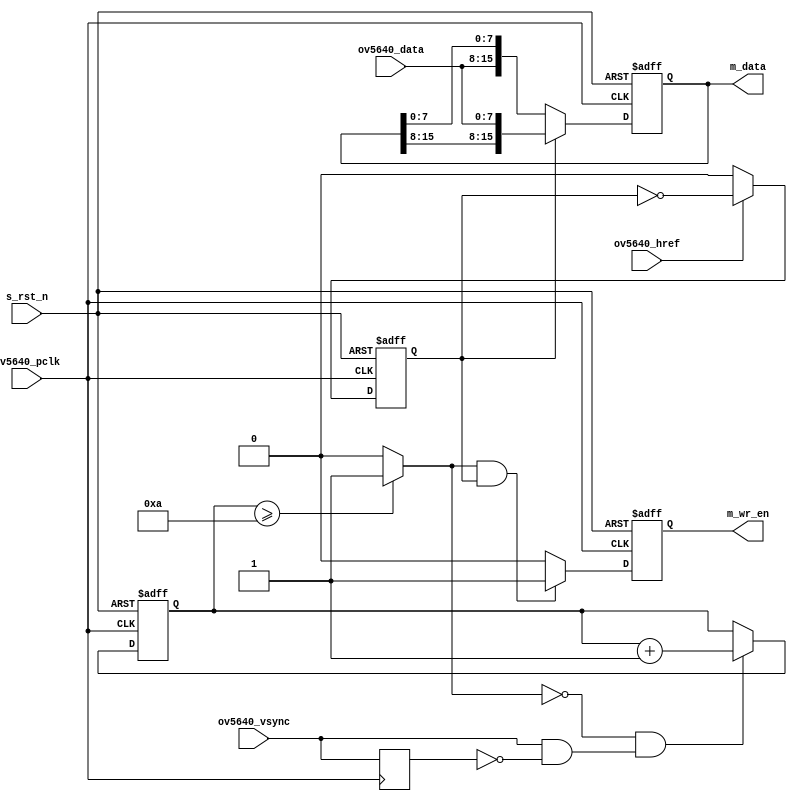
module ov5640_data(
	input				s_rst_n,
	input				ov5640_pclk,
	input				ov5640_href,
	input				ov5640_vsync,
	input [7:0]			ov5640_data,
	output reg [15:0]	m_data,
	output reg			m_wr_en
);

wire			ov5640_vsync_pos;
reg				ov5640_vsync_r;

reg				byte_flag;		//0: first byte 1:second byte
reg [3:0]		frame_cnt;
wire			frame_valid;

always @(posedge ov5640_pclk or negedge s_rst_n) begin
	if(s_rst_n == 1'b0)
		m_data <= 'd0;
	else if(byte_flag == 1'b1)
		m_data <= {m_data[15:8], ov5640_data};
	else
		m_data <= {ov5640_data, m_data[7:0]};
end

always @(posedge ov5640_pclk or negedge s_rst_n) begin
	if(s_rst_n == 1'b0)
		byte_flag <= 1'b0;
	else if(ov5640_href == 1'b1)
		byte_flag <= ~byte_flag;
	else
		byte_flag <= 1'b0;
end

always @(posedge ov5640_pclk) begin
	ov5640_vsync_r <= ov5640_vsync;
end

always @(posedge ov5640_pclk or negedge s_rst_n) begin
	if(s_rst_n == 1'b0)
		frame_cnt <= 'd0;
	else if(frame_valid == 1'b0 && ov5640_vsync_pos == 1'b1)
		frame_cnt <= frame_cnt + 1'b1;
end

always @(posedge ov5640_pclk or negedge s_rst_n) begin
	if(s_rst_n == 1'b0)
		m_wr_en <= 1'b0;
	else if(frame_valid == 1'b1 && byte_flag == 1'b1)
		m_wr_en <= 1'b1;
	else
		m_wr_en <= 1'b0;
end

assign frame_valid = (frame_cnt >= 'd10) ? 1'b1 : 1'b0;
assign ov5640_vsync_pos = ov5640_vsync & ~ov5640_vsync_r;

endmodule